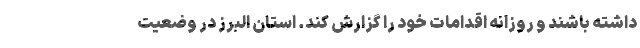
داشته باشند و روزانه اقدامات خود را گزارش کند. استان البرز در وضعیت